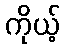
ကိုယ့်